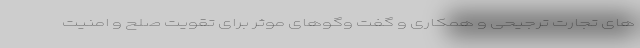
های تجارت ترجیحی و همکاری و گفت وگوهای موثر برای تقویت صلح و امنیت